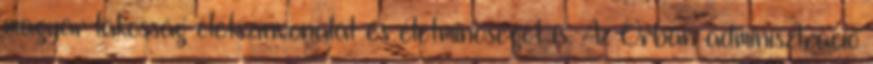
magyar lakosság életszínvonalát és életminőségét is. Az Orbán adminisztráció